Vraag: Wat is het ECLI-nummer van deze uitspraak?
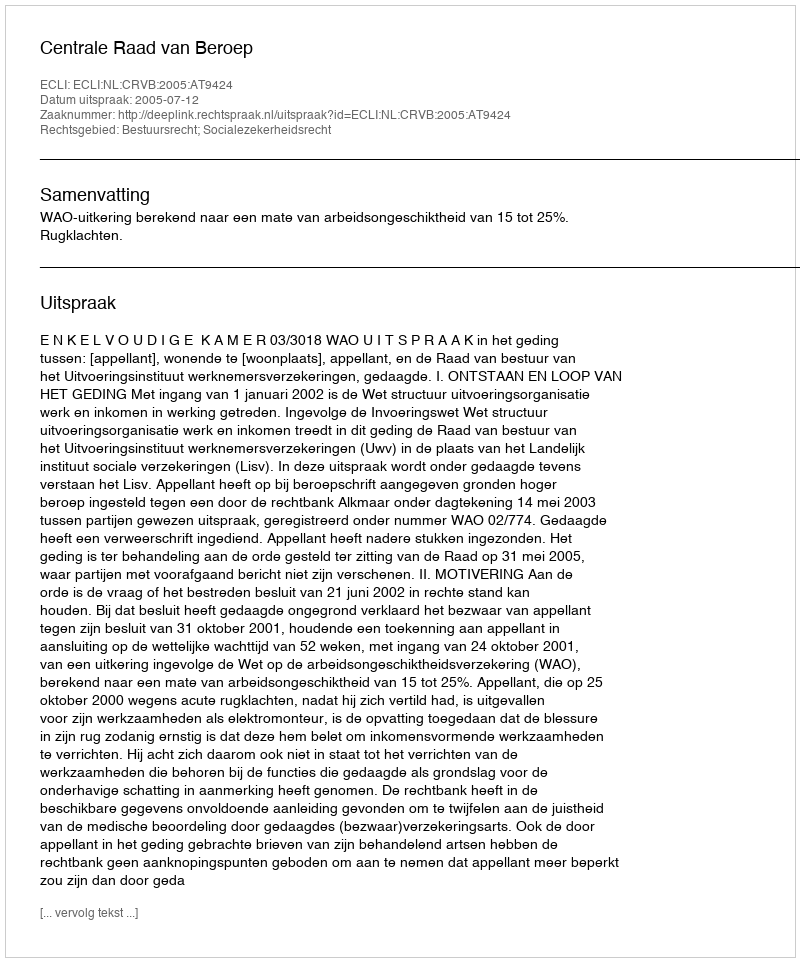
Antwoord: ECLI:NL:CRVB:2005:AT9424